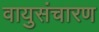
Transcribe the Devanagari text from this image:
वायुसंचारण